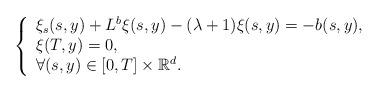
LaTeX: \begin{align*}\left\{ \begin{array}{l}\xi_s(s,y) + L^b \xi(s,y) -(\lambda+1) \xi(s,y)=-b(s,y), \\ \xi(T,y)=0, \\ \forall (s,y)\in[0, T ]\times\mathbb R^d .\end{array} \right.\end{align*}